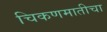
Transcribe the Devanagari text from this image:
चिकणमातीचा